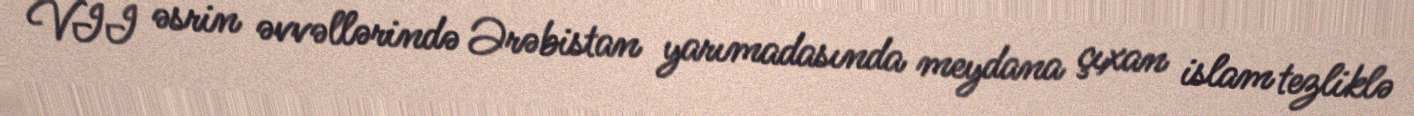
VII əsrin əvvəllərində Ərəbistan yarımadasında meydana çıxan islam tezliklə